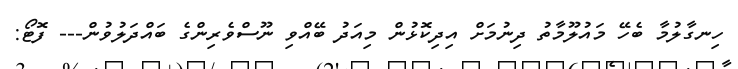
ހިނގާލުމާ ބެހޭ މައުލޫމާތު ދިނުމަށް އިދިކޮޅުން މިއަދު ބޭއްވި ނޫސްވެރިންގެ ބައްދަލުވުން--- ފޮޓޯ: